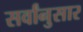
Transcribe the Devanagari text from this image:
सर्वांनुसार